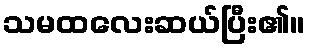
သမထလေးဆယ်ပြီး၏။